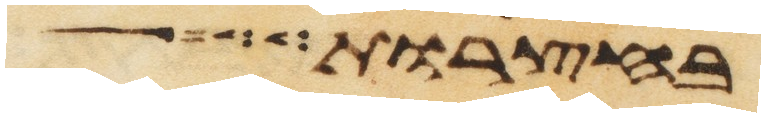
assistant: בחצרות